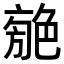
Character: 𦫣